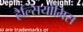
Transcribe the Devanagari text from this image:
हैल्सियोमिस